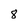
Character: 8